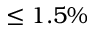
\leq 1 . 5 \%